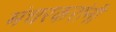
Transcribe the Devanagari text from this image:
मंचरकरांनी